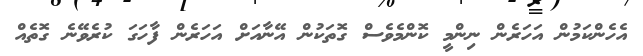
އެހެންކަމުން އަހަރެން ނިންމީ ކޮންމެވެސް ގޮތަކުން އޭނާއަށް އަހަރެން ފާހަގަ ކުރެވޭނެ ގޮތެއް